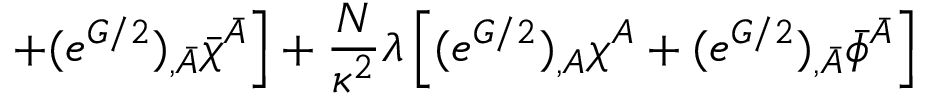
\left. + ( e ^ { G / 2 } ) _ { , \bar { A } } \bar { \chi } ^ { \bar { A } } \right] + \frac { N } { \kappa ^ { 2 } } \lambda \left[ ( e ^ { G / 2 } ) _ { , A } \chi ^ { A } + ( e ^ { G / 2 } ) _ { , \bar { A } } \bar { \phi } ^ { \bar { A } } \right]